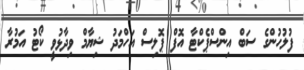
ފުލުހުންގެ ސަބް އިންސްޕެކްޓާ އޮފް ޕޮލިސް އަހްމަދު ޝިޔާމް ވިދާޅުވީ ކޯޓު އަމުރާ